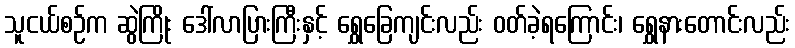
သူငယ်စဉ်က ဆွဲကြိုး ဒေါ်လာပြားကြီးနှင့် ရွှေခြေကျင်းလည်း ဝတ်ခဲ့ရကြောင်း၊ ရွှေနားတောင်းလည်း